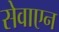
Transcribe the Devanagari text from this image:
सेवाएन